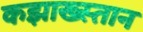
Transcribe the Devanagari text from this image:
कझाख्स्तान